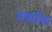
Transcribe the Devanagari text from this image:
उष्णीश